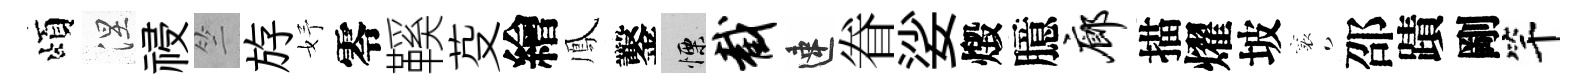
頌涅祲竺斿妤零鞵芟繪鳳鑿慄截速眷娑燬臆廊描燿坡襄邵蹟剛竿